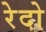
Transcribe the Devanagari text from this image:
रेदो